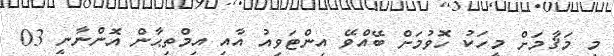
މި މަޤާމަށް މީހަކު ހޮވުމަށް ބޭއްވޭ އިންޓަވިއު އާއި އިމްތިޙާން އޮންނާނީ 03